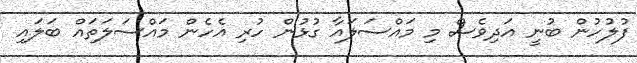
ފުލުހުން ބުނީ އަދިވެސް މި މައްސަލައާ ގުޅުން ހުރި އެހެން މައްސަލަތައް ބަލައި